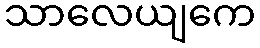
သာလေယျကေ